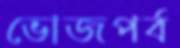
ভোজপর্ব